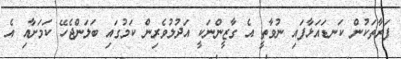
ފަރާތަކުން ކަނޑައަޅާފައި ނުވާތީ އެ ގާޒީންނަކީ އަދުލުވެރިން ކަމުގައި ބަލަންޖެހޭ ކަމަށާއި އެ